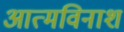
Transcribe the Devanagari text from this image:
आत्मविनाश